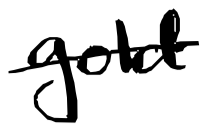
Text: gold
Cross-out: single-line
Writing tool: digital_black